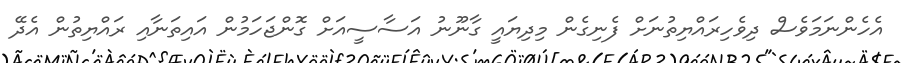
އެހެންނަމަވެސް ދިވެހިރައްޔިތުނަށް ފެނިގެން މިދިޔައީ ގާނޫނު އަސާސީއަށް ގޮންޖަހަމުން އައިތަނާއި ރައްޔިތުން އެދޭ